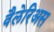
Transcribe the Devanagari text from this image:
वैलेरिअस